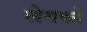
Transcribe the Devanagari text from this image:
लेगको